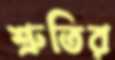
শ্রুতির